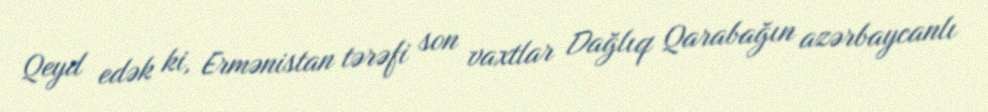
Qeyd edək ki, Ermənistan tərəfi son vaxtlar Dağlıq Qarabağın azərbaycanlı